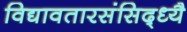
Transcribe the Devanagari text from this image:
विद्यावतारसंसिद्ध्यै